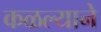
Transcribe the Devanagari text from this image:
कळल्याने